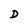
Character: D